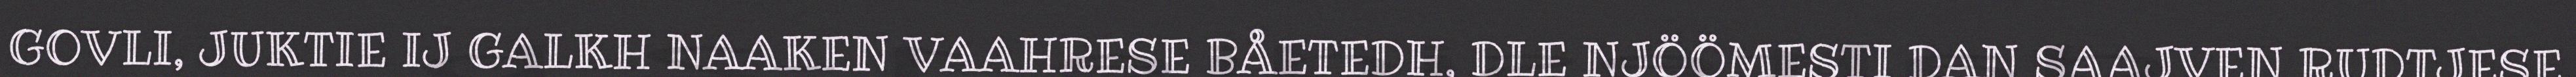
GOVLI, JUKTIE IJ GALKH NAAKEN VAAHRESE BÅETEDH, DLE NJÖÖMESTI DAN SAAJVEN RUDTJESE.